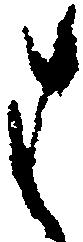
は